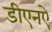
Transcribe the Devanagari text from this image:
डीएनऐ